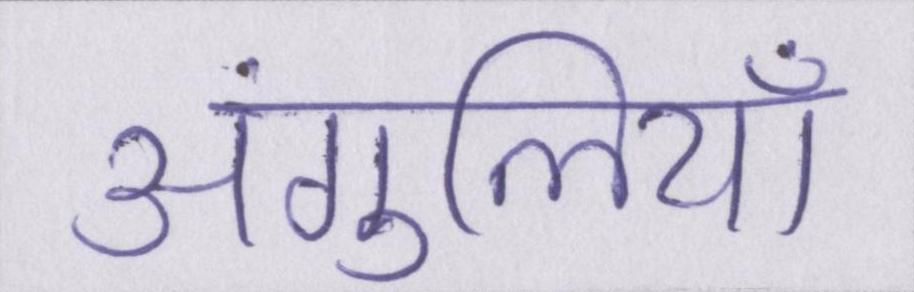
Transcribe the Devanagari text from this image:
अंगुलियाँ